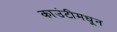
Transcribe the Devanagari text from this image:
काउंटीमधून